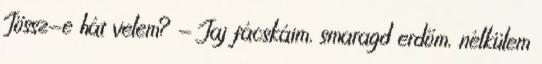
Jössz-e hát velem? - Jaj fácskáim, smaragd erdőm, nélkülem